65_HS1-834228961_62-HQ-83894_Section_10
Agency: FBI
Page 175
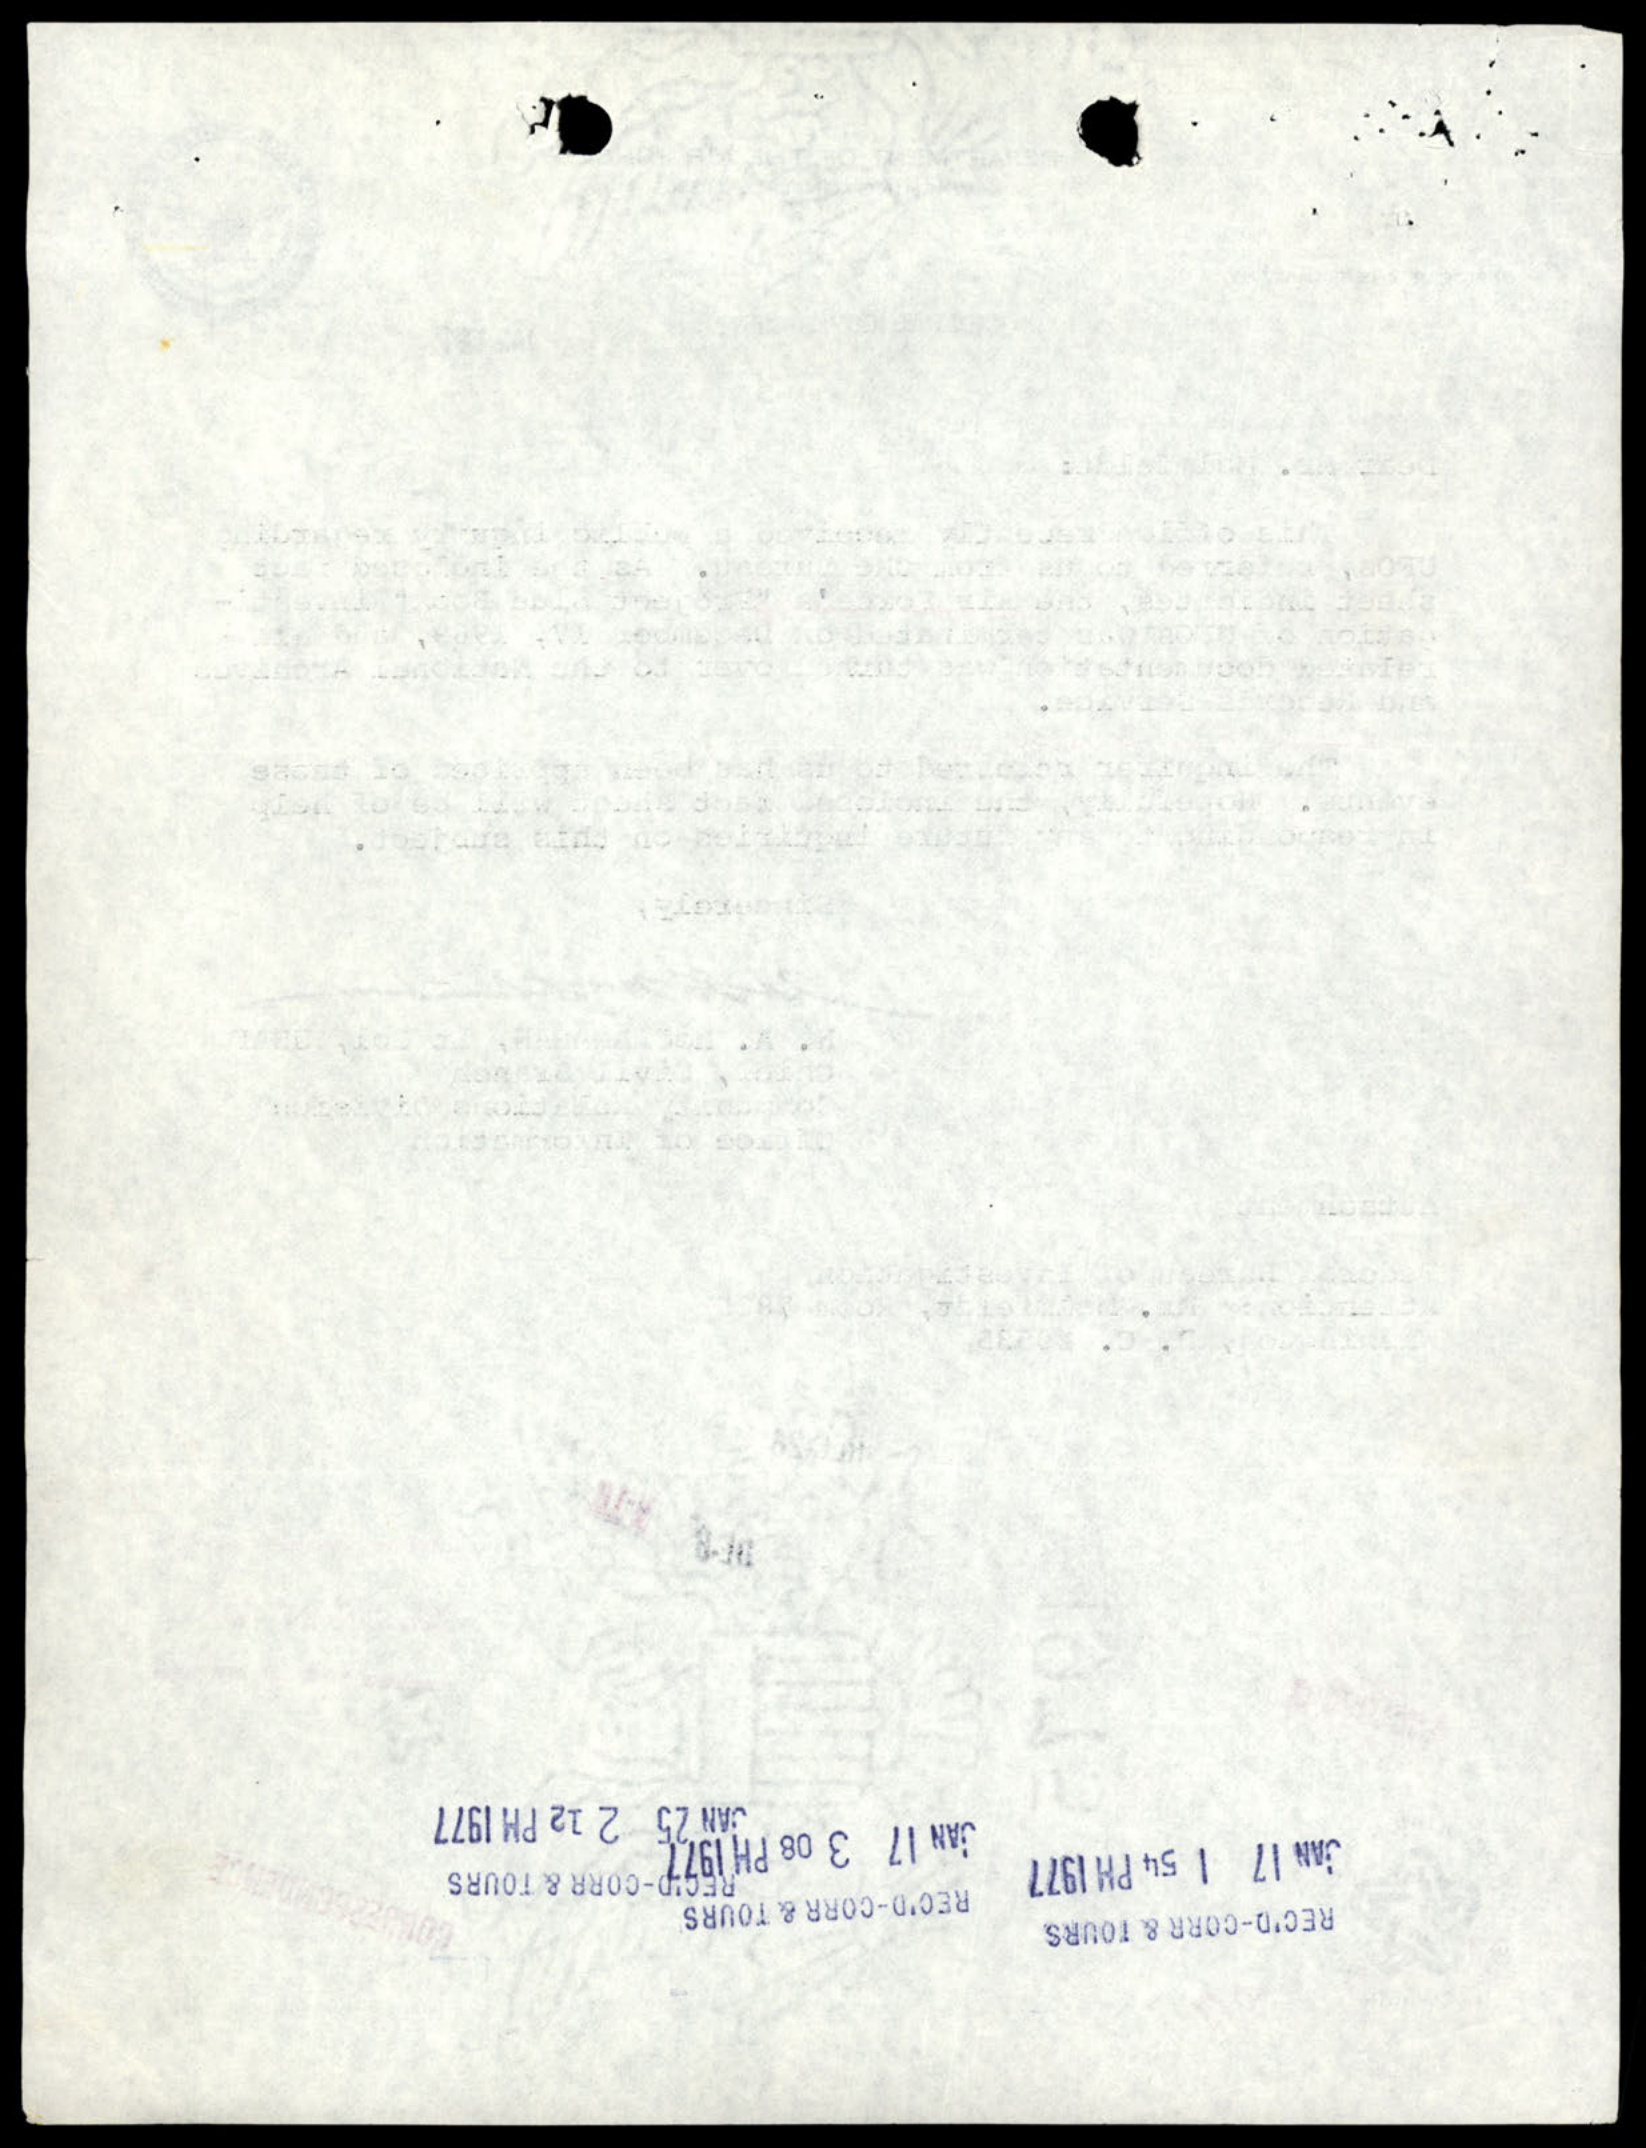